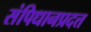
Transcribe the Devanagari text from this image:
संपिधानप्रदत्त